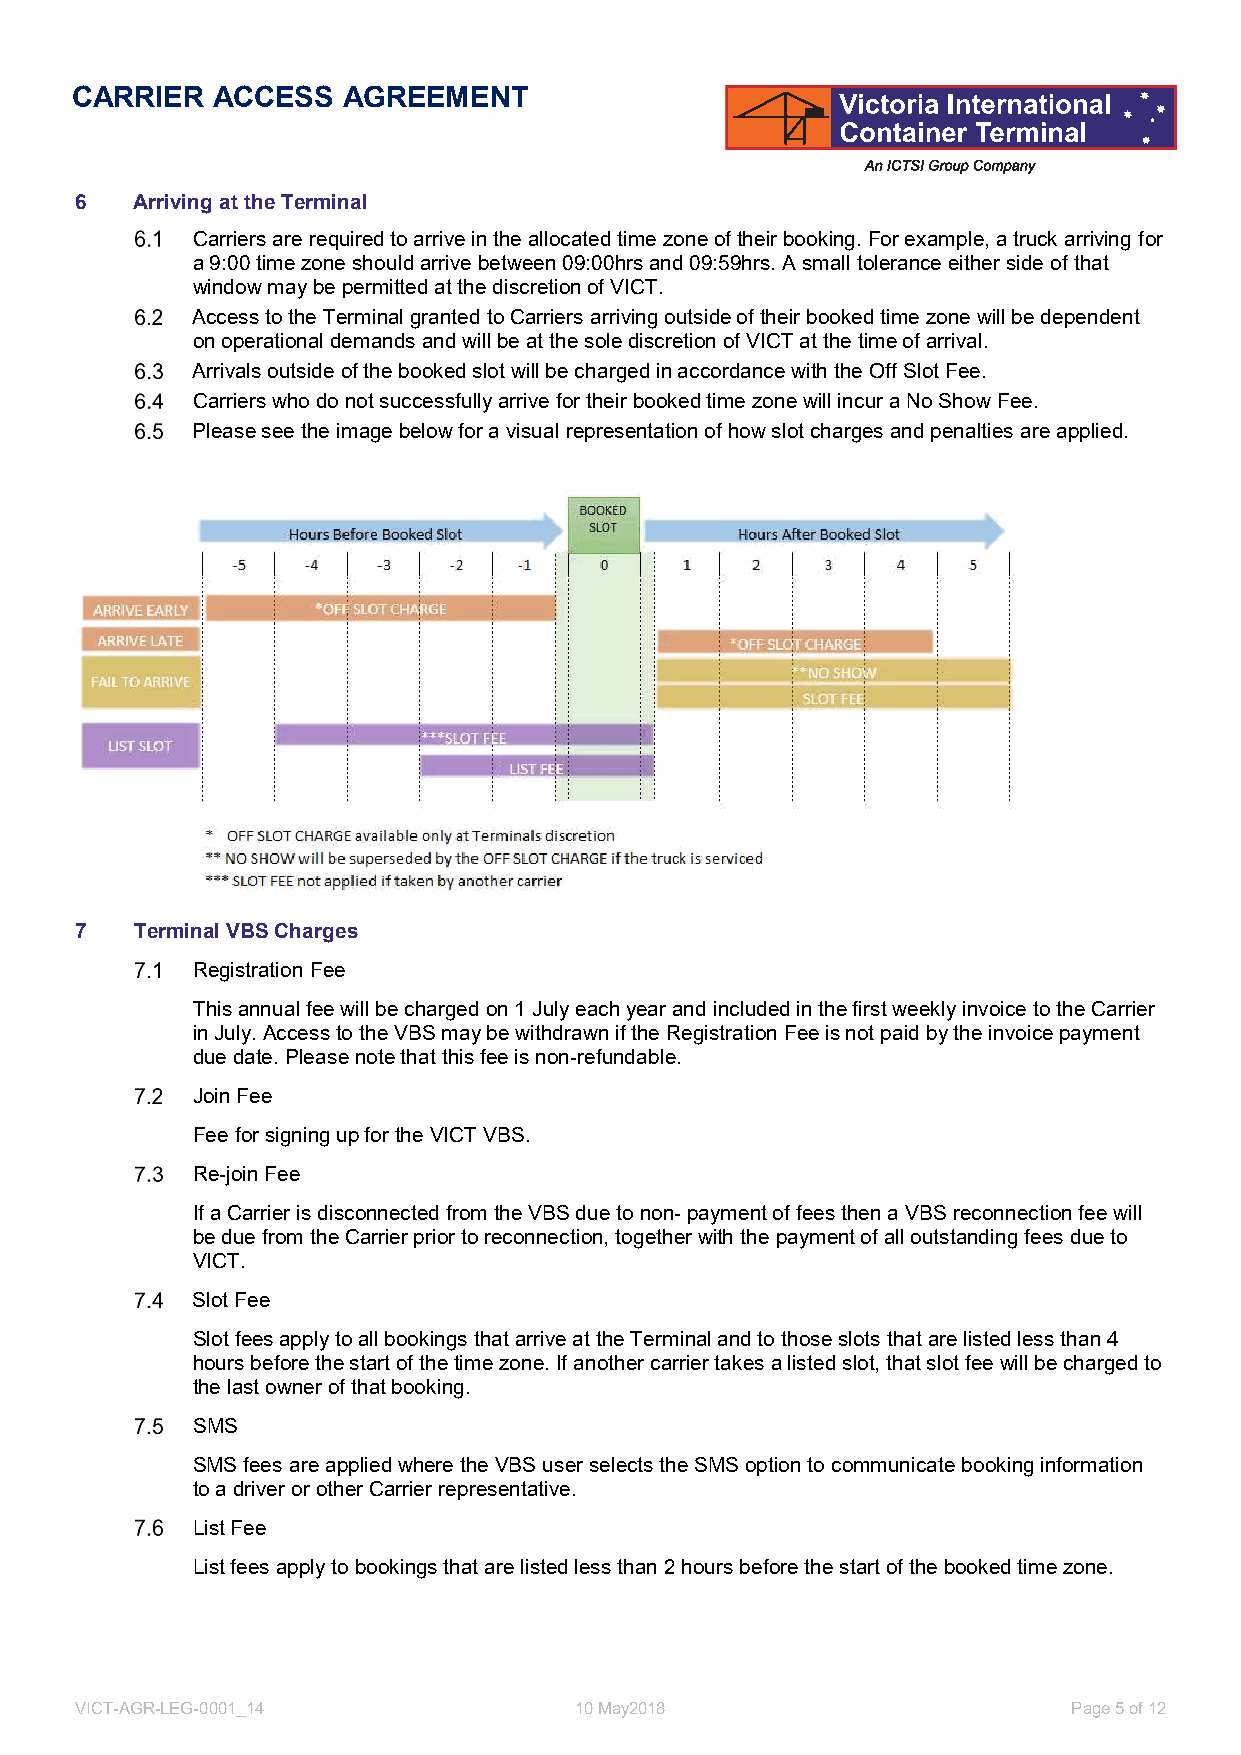
CARRIER  ACCESS   AGREEMENT
 6   Arriving at the Terminal
 Carriers are required to arrive in the allocated time zone of their booking. For example, a truck arriving for
 a 9:00 time zone should arrive between 09:00hrs and 09:59hrs. A small tolerance either side of that
 window may be permitted at the discretion of VICT.
 Access to the Terminal granted to Carriers arriving outside of their booked time zone will be dependent
 on operational demands and will be at the sole discretion of VICT at the time of arrival.
 Arrivals outside of the booked slot will be charged in accordance with the Off Slot Fee.
 Carriers who do not successfully arrive for their booked time zone will incur a No Show Fee.
 Please see the image below for a visual representation of how slot charges and penalties are applied.
 7   Terminal VBS Charges
 Registration Fee
 This annual fee will be charged on 1 July each year and included in the first weekly invoice to the Carrier
 in July. Access to the VBS may be withdrawn if the Registration Fee is not paid by the invoice payment
 due date. Please note that this fee is non-refundable.
 Join Fee
 Fee for signing up for the VICT VBS.
 Re-join Fee
 If a Carrier is disconnected from the VBS due to non- payment of fees then a VBS reconnection fee will
 be due from the Carrier prior to reconnection, together with the payment of all outstanding fees due to
 VICT.
 Slot Fee
 Slot fees apply to all bookings that arrive at the Terminal and to those slots that are listed less than 4
 hours before the start of the time zone. If another carrier takes a listed slot, that slot fee will be charged to
 the last owner of that booking.
 SMS
 SMS fees are applied where the VBS user selects the SMS option to communicate booking information
 to a driver or other Carrier representative.
 List Fee
 List fees apply to bookings that are listed less than 2 hours before the start of the booked time zone.
 VICT-AGR-LEG-0001_14             10 May2018                       Page 5 of 12